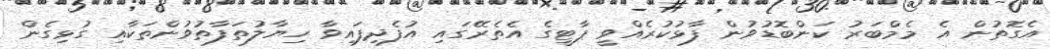
އެގޮތުން އެ މެމްބަރު ކަންބޮޑުވުން ފާޅުކުރެއްވީ ޕާޓީގެ އެތެރޭގައި އުފެދިފައިވާ ހިޔާލުތަފާތުވުންތަކާއި ގުޅިގެން